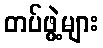
တပ်ဖွဲ့များ